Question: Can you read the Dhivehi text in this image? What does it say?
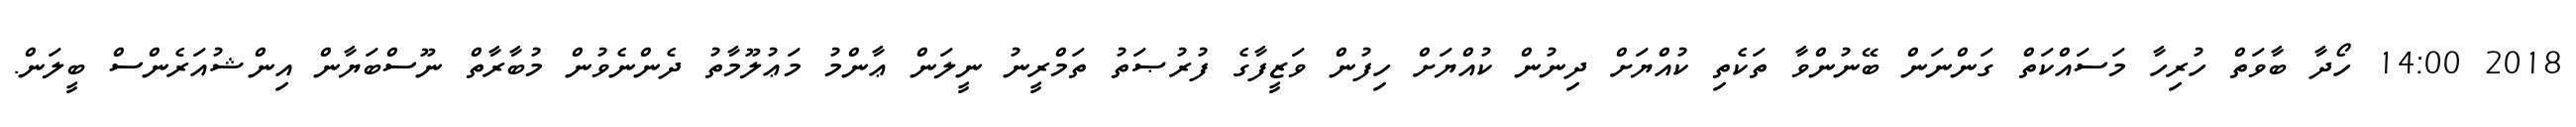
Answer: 2018 14:00 ހޯދާ ބާވަތް ހުރިހާ މަސައްކަތް ގަންނަން ބޭނުންވާ ތަކެތި ކުއްޔަށް ދިނުން ކުއްޔަށް ހިފުން ވަޒީފާގެ ފުރުޞަތު ތަމްރީނު ނީލަން ޢާންމު މަޢުލޫމާތު ދެންނެވުން މުބާރާތް ނޫސްބަޔާން އިންޝުއަރެންސް ބީލަން.